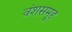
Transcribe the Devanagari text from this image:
वंशसमूह